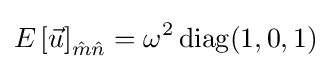
{E\left[{\vec {u}}\right]}_{{\hat {m}}{\hat {n}}}=\omega ^{2}\operatorname {diag} (1,0,1)